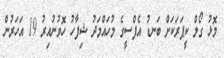
މޮޅު ގޯލް ކީޕަރަކަށް ބަނޑު އެފްސީގެ މުހައްމަދު ޝިފާހު ހޮވުނުއިރު 19 އަހަރުން